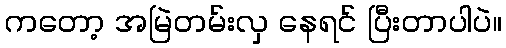
ကတော့ အမြဲတမ်းလှ နေရင် ပြီးတာပါပဲ။